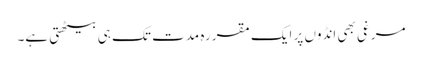
مرغی بھی انڈوں پر ایک مقررہ مدت تک ہی بیٹھتی ہے۔